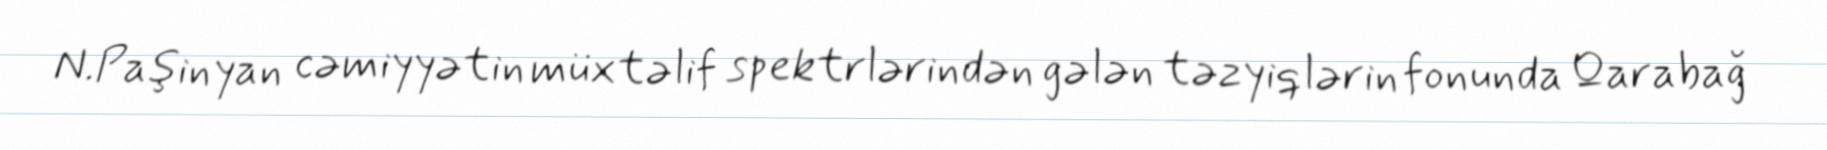
N.Paşinyan cəmiyyətin müxtəlif spektrlərindən gələn təzyiqlərin fonunda Qarabağ